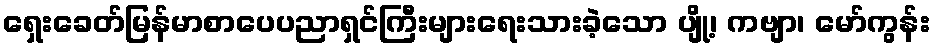
ရှေးခေတ်မြန်မာစာပေပညာရှင်ကြီးများရေးသားခဲ့သော ပျို့၊ ကဗျာ၊ မော်ကွန်း